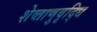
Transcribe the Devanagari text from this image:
शेव्ताणुवृद्धि